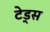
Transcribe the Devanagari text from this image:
टे़ड्स